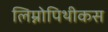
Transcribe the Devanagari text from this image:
लिम्नोपिथीकस